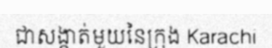
ជាសង្កាត់មួយនៃក្រុង Karachi